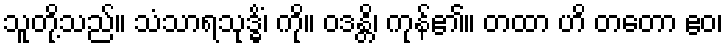
သူတို့သည်။ သံသာရသုဒ္ဓိံ၊ ကို။ ဝဒန္တိ၊ ကုန်၏။ တထာ ဟိ တတော ဧဝ၊